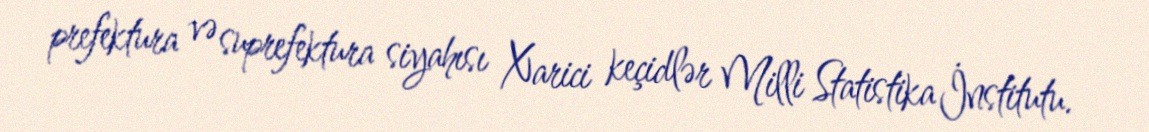
prefektura və suprefektura siyahısı Xarici keçidlər Milli Statistika İnstitutu.